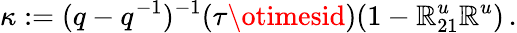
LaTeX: \kappa:=(q-q^{-1})^{-1}(\tau\otimesid)(1-\mathbb{R}_{21}^{u}\mathbb{R}^{u})\, .